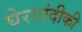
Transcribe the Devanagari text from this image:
घेराबंदीकी